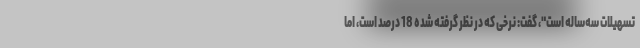
تسهیلات سه‌ساله است"، گفت: نرخی که در نظر گرفته شده 18 درصد است، اما